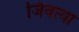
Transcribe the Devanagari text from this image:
जिवत्या